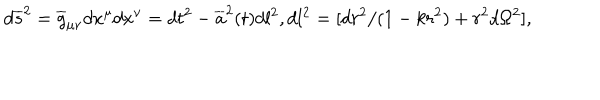
d \overline { { { s } } } ^ { 2 } = \overline { { { g } } } _ { \mu \nu } d x ^ { \mu } d x ^ { \nu } = d t ^ { 2 } - \overline { { { a } } } ^ { 2 } ( t ) d l ^ { 2 } , d l ^ { 2 } = [ d r ^ { 2 } / ( 1 - k r ^ { 2 } ) + r ^ { 2 } d \Omega ^ { 2 } ] ,